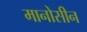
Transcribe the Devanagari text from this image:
मानोसीन